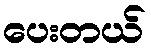
ပေးတယ်